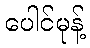
ပေါင်မုန့်